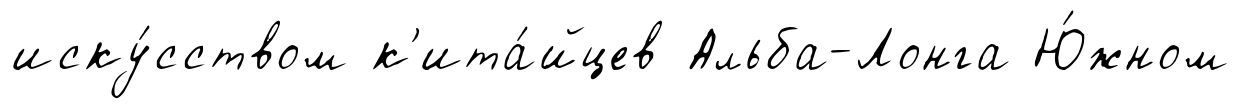
иску́сством к'ита́йцев Альба-Лонга Ю́жном